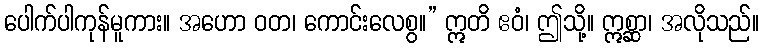
ပေါက်ပါကုန်မူကား။ အဟော ဝတ၊ ကောင်းလေစွ။” ဣတိ ဧဝံ၊ ဤသို့။ ဣစ္ဆာ၊ အလိုသည်။